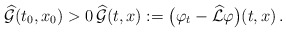
\begin{align*}\widehat{\mathcal{G}}(t_0,x_0)>0\, \widehat{\mathcal{G}}(t,x) := \big(\varphi_t-\widehat{\mathcal{L}}\varphi\big)(t,x)\,.\end{align*}